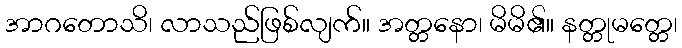
အာဂတောသိ၊ လာသည်ဖြစ်လျက်။ အတ္တနော၊ မိမိ၏။ နတ္တုမတ္တေ၊